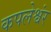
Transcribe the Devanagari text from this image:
कपलेश्वंर